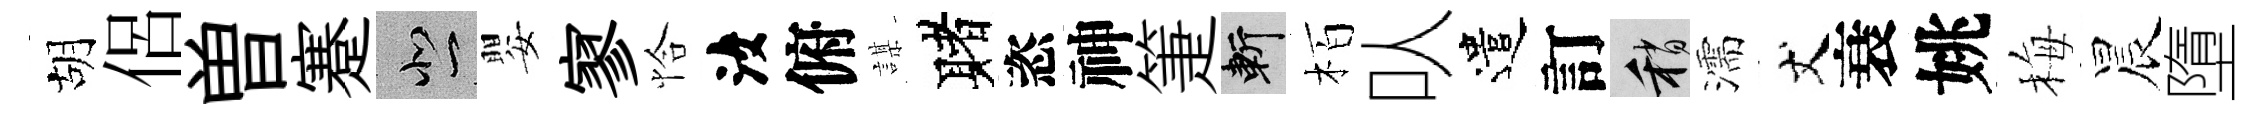
胡侶曽蹇悲嬰寥恰汝俯謀赌恣神箑斬栢㕥遣訂稍濡丈衰姚梅晨墮